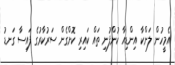
އެމީހުން ލަންކާ އިންޑިއާ ކުންފުނި ތައް ކައިރި ކޮށްގެން ސަރުކާރުގެ ފައިސާ ގަނޑު